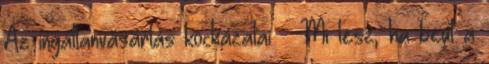
Az ingatlanvásárlás kockázatai – Mi lesz, ha beüt a